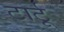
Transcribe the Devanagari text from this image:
टार्टू